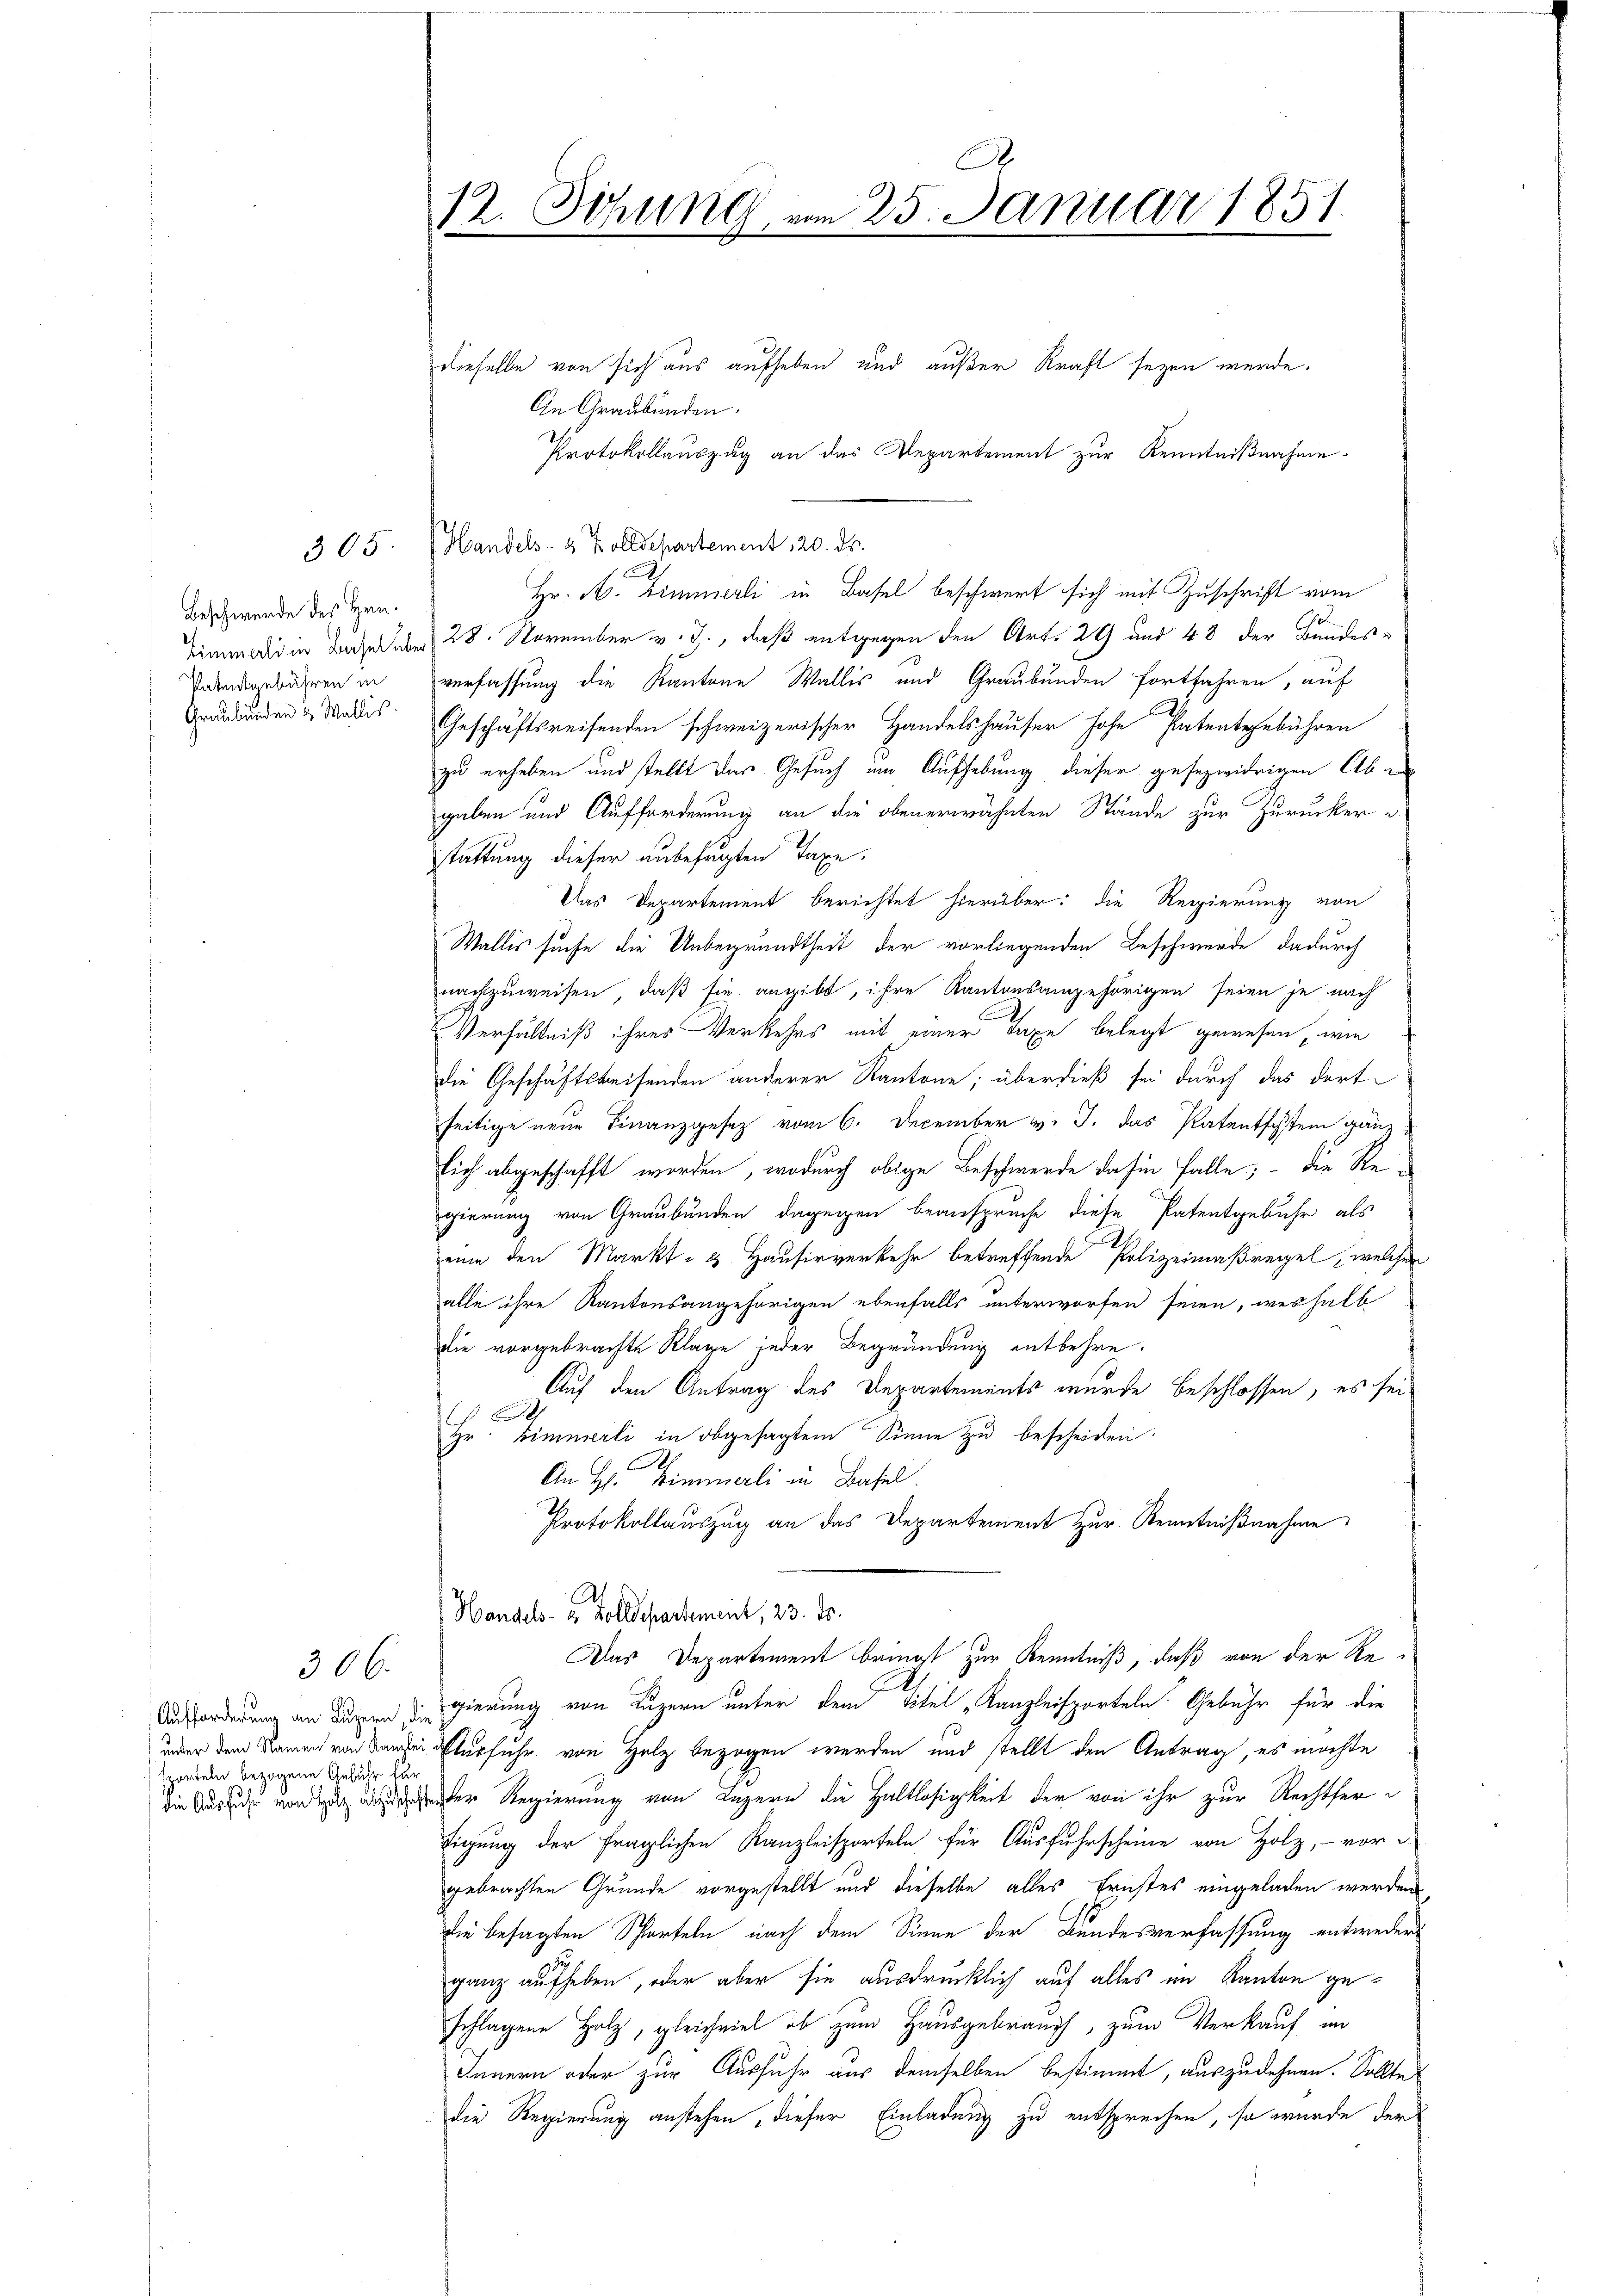
Beschwerde des Hrn.
Zimmerli in Basel über
Patentgebühren in
Graubünden & Wallis

305.

306.

.
12. Sitzung, vom 25. Januar 1851.

sporteln bezogene Gebühr für
die Ausfuhr von Holz abzuschaffe

dieselbe von sich aus aufheben und außer Kraft seyen werde.
An Graubünden.
Handels- & Zolldepartement 120. ds.
Hr. A. Zimmerli in Basel beschwert sich mit Zuschrift vom
28. November v. J., daß entgegen den Art. 29 und 48 der Bundes-
verfassung die Kantone Wallis und Graubünden fortfahren, auf
Geschäftsreisenden schweizerischer Handelshäuser hohe Patentgebühren
zu erheben und stellt das Gesuch im Aufhebung dieser gesezwidrigen Aben
gaben und Aufforderung an die obenerwähnten Stände zur Zurucker
stattung dieser unbefugten Taxe.
Das Departement berichtet hierüber: die Regierung von
Wallis suche die Unbegrundtheit der vorliegenden Beschwerde dadurch
nachzuweisen, daß sie angibt, ihre Kantonsangehörigen seien je nach
Verhältniß ihres Verkehrs mit einer Taxe belegt gewesen, wie
die Geschäftsweisenden anderer Kantone; überdieß sei durch das dortseitige neue Finanzgesetz vom 6. December v. J. das Patentschstein ganz
lich abgeschafft worden, wodurch obige Beschwerde dahin Falle; - die Re-
gierung von Graubünden, dagegen beanspruche diese Patentgebühr als
eine den Markt- & Hausirverkehr betreffende Polizeimaßregel, welches
alle ihre Kantonsangehörigen ebenfalls unterworfen seien, weshalb
Die vorgebrachte Klage jeder Begründung entbehre¬
Auf den Antrag des Departements wurde beschlossen, es sei
E
Hr. Zimmerli in obgesagtem Sinne zu bescheiden.
An Hs. Himmerli in Basel.
Protokollauszug an das Departement zur Kenntnißnahme
Handels- u. Zolldepartement, 23. Fr.
Das Departement bringt zur Kenntniß, daß von der Re¬
Aufforderung an deren gierung von Luzern unter den Titel „Kanzleisporteln. Gebühr für die
inder dem Namen von denseiterfuhr von Holz bezogen werden und stellt den Antrag, es möchte
der Regierung von Luzern die Haltlosigkeit der von ihr zur Rechtfer
tigung der fraglichen Kanzleisporteln für Ausfuhrscheine von Holz, - vor-
gebrachten Grunde vorgestellt und dieselbe alles Ernstes eingeladen werden,
die besagten Scharteln nach dem Sinne der Bundesverfassung entweder
ganz aufheben, oder aber sie ausdrücklich auf alles im Kanton geschlagene Holz, gleichviel ob zum Hausgebrauch, zum Verkauf im
Innern oder zur Ausfuhr aus demselben bestimmt, auszudehnen. Sollte
die Regierung anstehen, dieser Einladung zu entsprechen, so wurde der

Protokollauszug an das Departement zur Kenntnißnahme